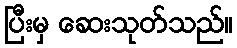
ပြီးမှ ဆေးသုတ်သည်။